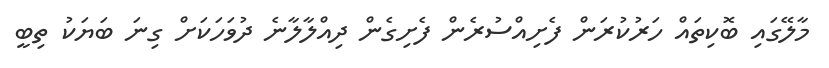
މާލޭގައި ބޮކިތައް ހަރުކުރަން ފެށިއްސުރެން ފެށިގެން ދިއްލާލާނެ ދުވަހަކަށް ގިނަ ބަޔަކު ތިބީ